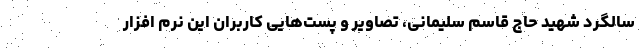
سالگرد شهید حاج قاسم سلیمانی، تصاویر و پست‌هایی کاربران این نرم افزار